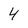
Character: 4